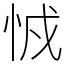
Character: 㤜